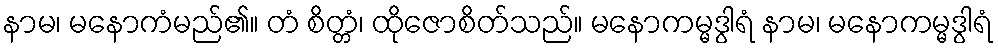
နာမ၊ မနောကံမည်၏။ တံ စိတ္တံ၊ ထိုဇောစိတ်သည်။ မနောကမ္မဒွါရံ နာမ၊ မနောကမ္မဒွါရံ